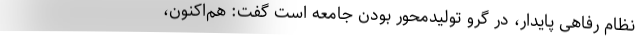
نظام رفاهی پایدار، در گرو تولیدمحور بودن جامعه است گفت: هم‌اکنون،